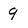
Character: 9